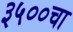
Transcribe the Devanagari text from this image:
३५००चा